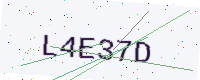
Text: L4E37D